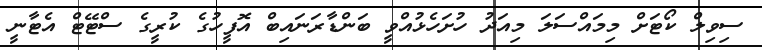
ސިވިލް ކޯޓަށް މިމައްސަލަ މިއަދު ހުށަހެޅުއްވީ ބަންޑާރަނައިބް އޮފީހުގެ ކުރީގެ ސްޓޭޓް އެޓާނީ